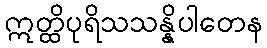
ဣတ္ထိပုရိသသန္နိပါတေန